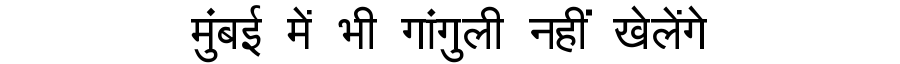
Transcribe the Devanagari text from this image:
मुंबई में भी गांगुली नहीं खेलेंगे